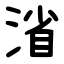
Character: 渻